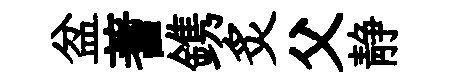
盆蓍鎸炙父静